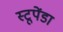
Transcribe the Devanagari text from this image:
स्टूपेंडा